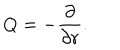
Q = - { \frac { \partial } { \partial r } } .